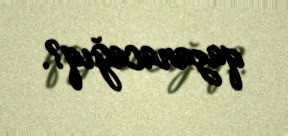
qazanacağıq?.